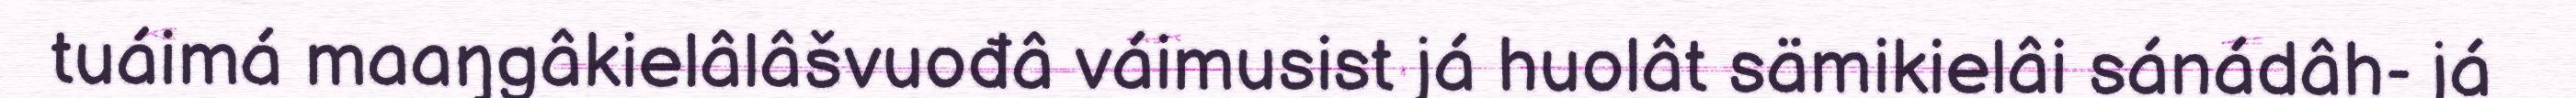
tuáimá maaŋgâkielâlâšvuođâ váimusist já huolât sämikielâi sánádâh- já